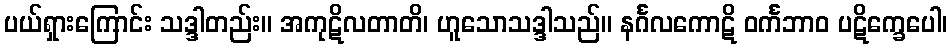
ပယ်ရှားကြောင်း သဒ္ဒါတည်း။ အကုဋိလတာတိ၊ ဟူသောသဒ္ဒါသည်။ နင်္ဂလကောဋိ ဝင်္ကဘာဝ ပဋိက္ခေပေါ၊